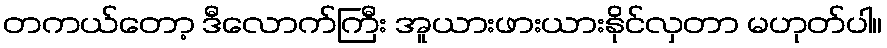
တကယ်တော့ ဒီလောက်ကြီး အူယားဖားယားနိုင်လှတာ မဟုတ်ပါ။